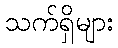
သက်ရှိများ